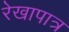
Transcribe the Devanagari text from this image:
रेखापात्र